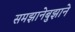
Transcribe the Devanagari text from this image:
समझानेबुझाने